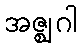
အဇ္ဈဂါ